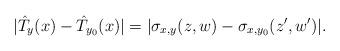
LaTeX: \begin{align*}|\hat{T}_y(x)-\hat{T}_{y_0}(x)| = |\sigma_{x,y}(z,w) - \sigma_{x,y_0}(z',w')|.\end{align*}